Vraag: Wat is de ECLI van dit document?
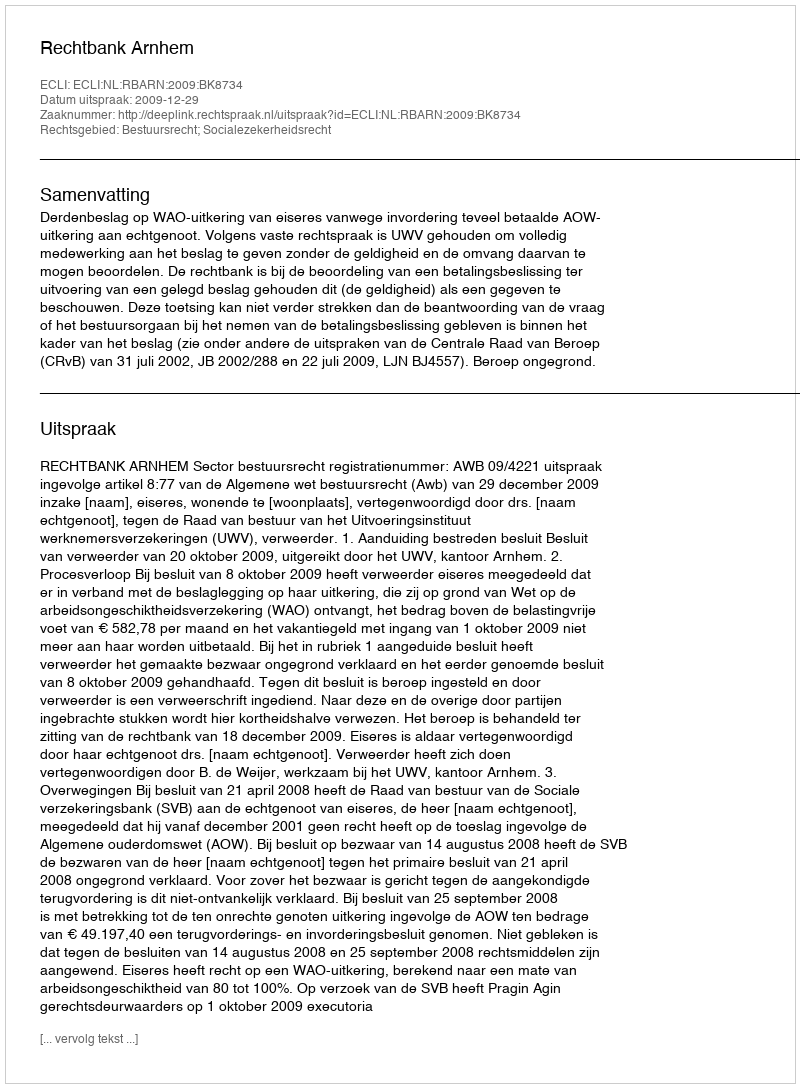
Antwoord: ECLI:NL:RBARN:2009:BK8734